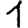
Digit: 1